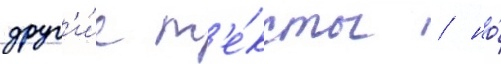
друг'и́е т'е́ксты / но́